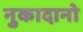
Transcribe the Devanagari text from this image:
नुकादानो